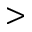
>